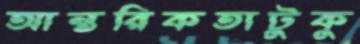
আন্তরিকতাটুকু